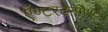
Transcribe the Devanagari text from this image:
ऍण्टरटेनमैण्ट